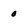
Character: 0